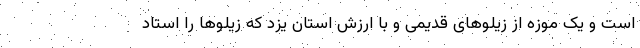
است و یک موزه از زیلوهای قدیمی و با ارزش استان یزد که زیلوها را استاد